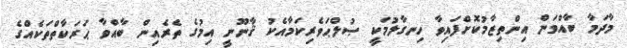
މާދަމާ ބާއްވަން އިންތިޒާމުކޮށްފައިވާ ހިނގާލުމަކީ ޞުލްޙަވެރިކަމާއެކު ޤާނޫނީ އިމުގެ ތެރެއިން ބާއްވާ ޙަރަކާތްތަކެއްގެ